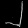
Digit: ၂